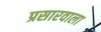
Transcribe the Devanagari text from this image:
प्रसारवाला